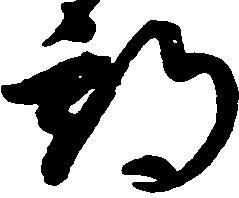
期